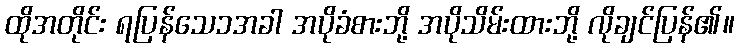
ထိုအတိုင်း ရပြန်သေ၁အခါ အပိုခံစားဘို့ အပိုသိမ်းထားဘို့ လိုချင်ပြန်၏။